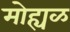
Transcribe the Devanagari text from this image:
मोह्यळ